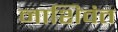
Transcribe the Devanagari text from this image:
नाशिवंत